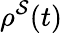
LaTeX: \rho^{\mathcal{S}}(t)